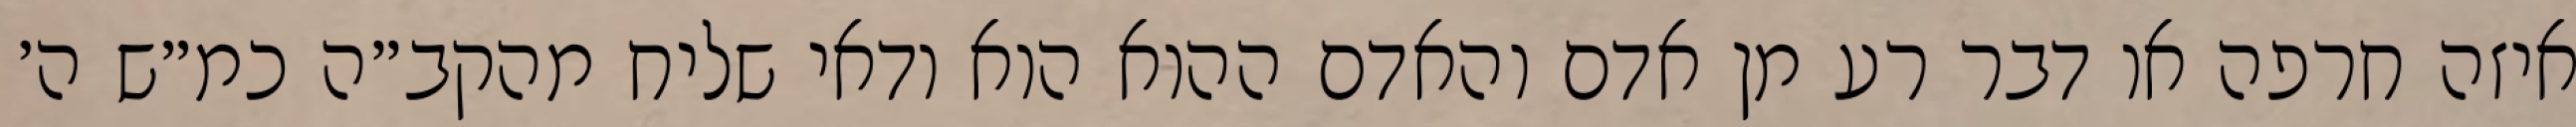
איזה חרפה או דבר רע מן אדם והאדם ההוא הוא ודאי שליח מהקב״ה כמ״ש ה׳